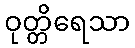
ဝုတ္တိရေသာ